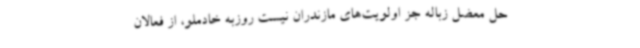
حل معضل زباله جز اولویت‌های مازندران نیست روزبه خادملو، از فعالان